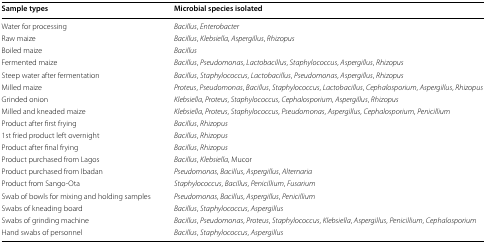
<table><thead><tr><td><b>Sample types</b></td><td><b>Microbial species isolated</b></td></tr></thead><tbody><tr><td>Water for processing</td><td><i>Bacillus</i>, <i>Enterobacter</i></td></tr><tr><td>Raw maize</td><td><i>Bacillus</i>, <i>Klebsiella</i>, <i>Aspergillus</i>, <i>Rhizopus</i></td></tr><tr><td>Boiled maize</td><td><i>Bacillus</i></td></tr><tr><td>Fermented maize</td><td><i>Bacillus</i>, <i>Pseudomonas</i>, <i>Lactobacillus</i>, <i>Staphylococcus</i>, <i>Aspergillus</i>, <i>Rhizopus</i></td></tr><tr><td>Steep water after fermentation</td><td><i>Bacillus</i>, <i>Staphylococcus</i>, <i>Lactobacillus</i>, <i>Pseudomonas</i>, <i>Aspergillus</i>, <i>Rhizopus</i></td></tr><tr><td>Milled maize</td><td><i>Proteus</i>, <i>Pseudomonas</i>, <i>Bacillus</i>, <i>Staphylococcus</i>, <i>Lactobacillus</i>, <i>Cephalosporium</i>, <i>Aspergillus</i>, <i>Rhizopus</i></td></tr><tr><td>Grinded onion</td><td><i>Klebsiella</i>, <i>Proteus</i>, <i>Staphylococcus</i>, <i>Cephalosporium</i>, <i>Aspergillus</i>, <i>Rhizopus</i></td></tr><tr><td>Milled and kneaded maize</td><td><i>Klebsiella</i>, <i>Proteus</i>, <i>Staphylococcus</i>, <i>Pseudomonas</i>, <i>Aspergillus</i>, <i>Cephalosporium</i>, <i>Penicillium</i></td></tr><tr><td>Product after first frying</td><td><i>Bacillus</i>, <i>Rhizopus</i></td></tr><tr><td>1st fried product left overnight</td><td><i>Bacillus</i>, <i>Rhizopus</i></td></tr><tr><td>Product after final frying</td><td><i>Bacillus</i>, <i>Rhizopus</i></td></tr><tr><td>Product purchased from Lagos</td><td><i>Bacillus</i>, <i>Klebsiella</i>, Mucor</td></tr><tr><td>Product purchased from Ibadan</td><td><i>Pseudomonas</i>, <i>Bacillus</i>, <i>Aspergillus</i>, <i>Alternaria</i></td></tr><tr><td>Product from Sango-Ota</td><td><i>Staphylococcus</i>, <i>Bacillus</i>, <i>Penicillium</i>, <i>Fusarium</i></td></tr><tr><td>Swab of bowls for mixing and holding samples</td><td><i>Pseudomonas</i>, <i>Bacillus</i>, <i>Aspergillus</i>, <i>Penicillium</i></td></tr><tr><td>Swabs of kneading board</td><td><i>Bacillus</i>, <i>Staphylococcus</i>, <i>Aspergillus</i></td></tr><tr><td>Swabs of grinding machine</td><td><i>Bacillus</i>, <i>Pseudomonas</i>, <i>Proteus</i>, <i>Staphylococcus</i>, <i>Klebsiella</i>, <i>Aspergillus</i>, <i>Penicillium</i>, <i>Cephalosporium</i></td></tr><tr><td>Hand swabs of personnel</td><td><i>Bacillus</i>, <i>Staphylococcus</i>, <i>Aspergillus</i></td></tr></tbody></table>